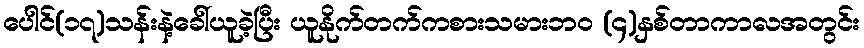
ပေါင်(၁၇)သန်းနဲ့ခေါ်ယူခဲ့ပြီး ယူနိုက်တက်ကစားသမားဘ၀ (၄)နှစ်တာကာလအတွင်း